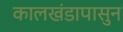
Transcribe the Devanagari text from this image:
कालखंडापासुन